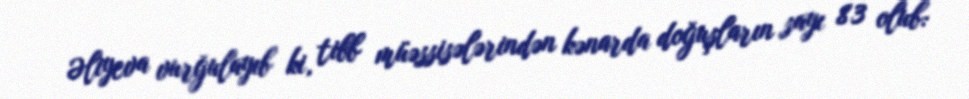
Əliyeva vurğulayıb ki, tibb müəssisələrindən kənarda doğuşların sayı 83 olub: